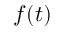
f ( t )